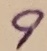
Text: 9